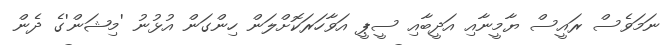
ނަމަވެސް ރައީސް ޔާމީނާއި އަދީބާއި ސީޕީ އަވާހަރަކޮށްލަން ހިންގަން އުޅުނު 'މިޝަން'ގެ ދެން